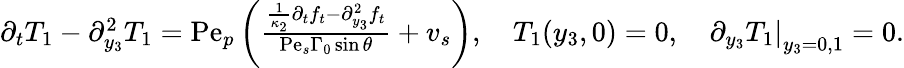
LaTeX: \begin{array}{r}{\partial_{t}T_{1}-\partial_{y_{3}}^{2}T_{1}=\mathrm{Pe}_{p}\left(\frac{\frac{1}{\kappa_{2}}\partial_{t}f_{t}-\partial_{y_{3}}^{2}f_{t}}{\mathrm{Pe}_{s}\Gamma_{0}\sin\theta}+v_{s}\right),\quad T_{1}(y_{3},0)=0,\quad\left.\partial_{y_{3}}T_{1}\right|_{y_{3}=0,1}=0.}\end{array}